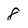
Character: 8